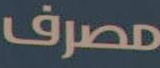
مصرف